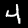
Label: 4